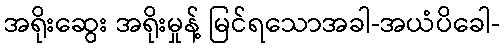
အရိုးဆွေး အရိုးမှုန့် မြင်ရသောအခါ-အယံပိခေါ-